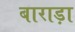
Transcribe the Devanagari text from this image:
बाराड़ा